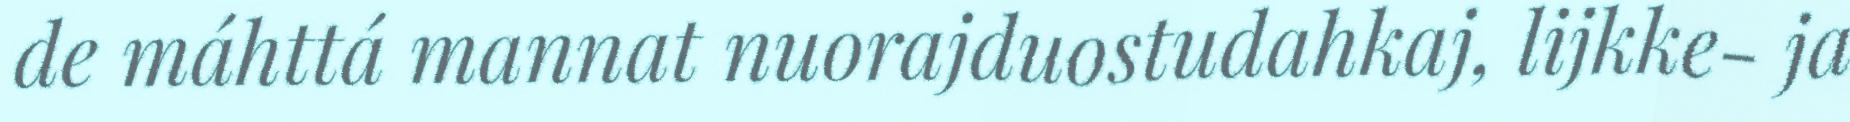
de máhttá mannat nuorajduostudahkaj, lijkke- ja